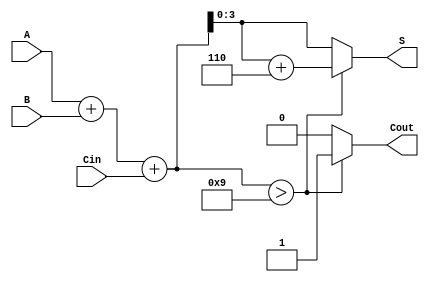
module BCD_Adder (
    input  wire [3:0] A,      // BCD digit A
    input  wire [3:0] B,      // BCD digit B
    input  wire Cin,           // Carry-in
    output reg  [3:0] S,       // BCD Sum Output
    output reg  Cout           // Carry-out
);
    
    // Internal signals
    wire [4:0] Temp_Sum;    // To hold the binary sum (5 bits for carry)
    
    // Calculate the initial binary sum
    assign Temp_Sum = A + B + Cin;

    // BCD correction logic
    always @(*) begin
        // Default outputs
        S = 4'b0000;
        Cout = 1'b0;
        
        // Determine if correction is needed
        if (Temp_Sum > 9) begin
            S = Temp_Sum + 6; // Add 6 to correct for BCD
            Cout = 1'b1;      // Set carry out
        end else begin
            S = Temp_Sum[3:0]; // No correction needed, use lower 4 bits
        end
    end

endmodule